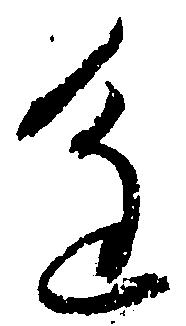
進